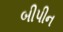
બીપીન